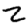
Digit: 2